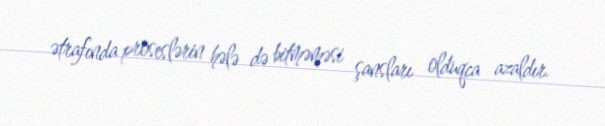
ətrafında proseslərin hələ də bitməməsi şansları olduqca azaldır.